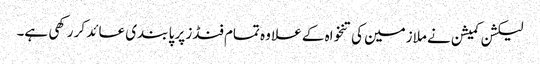
لیکشن کمیشن نے ملازمین کی تنخواہ کے علا وہ تمام فنڈز پر پا بندی عائد کر رکھی ہے۔